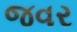
જવર